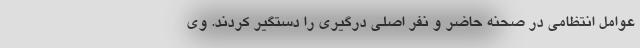
عوامل انتظامی در صحنه حاضر و نفر اصلی درگیری را دستگیر کردند. وی